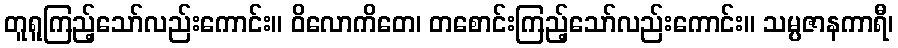
တူရူကြည့်သော်လည်းကောင်း။ ဝိလောကိတေ၊ တစောင်းကြည့်သော်လည်းကောင်း။ သမ္ပဇာနကာရီ၊